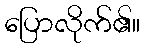
ပြောလိုက်၏။